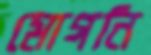
মোগনি